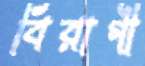
বিরাগী